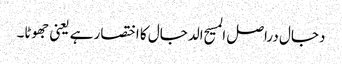
دجال دراصل المسیح الدجال کا اختصار ہے یعنی جھوٹا۔